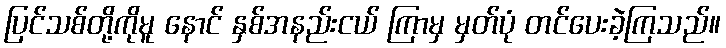
ပြင်သစ်တို့ကိုမူ နောင် နှစ်အနည်းငယ် ကြာမှ မှတ်ပုံ တင်ပေးခဲ့ကြသည်။